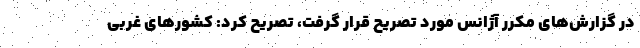
در گزارش‌های مکرر آژانس مورد تصریح قرار گرفت، تصریح کرد: کشورهای غربی